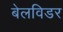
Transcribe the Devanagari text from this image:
बेलविडर